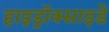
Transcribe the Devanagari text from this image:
हाइड्रॉक्साइडें